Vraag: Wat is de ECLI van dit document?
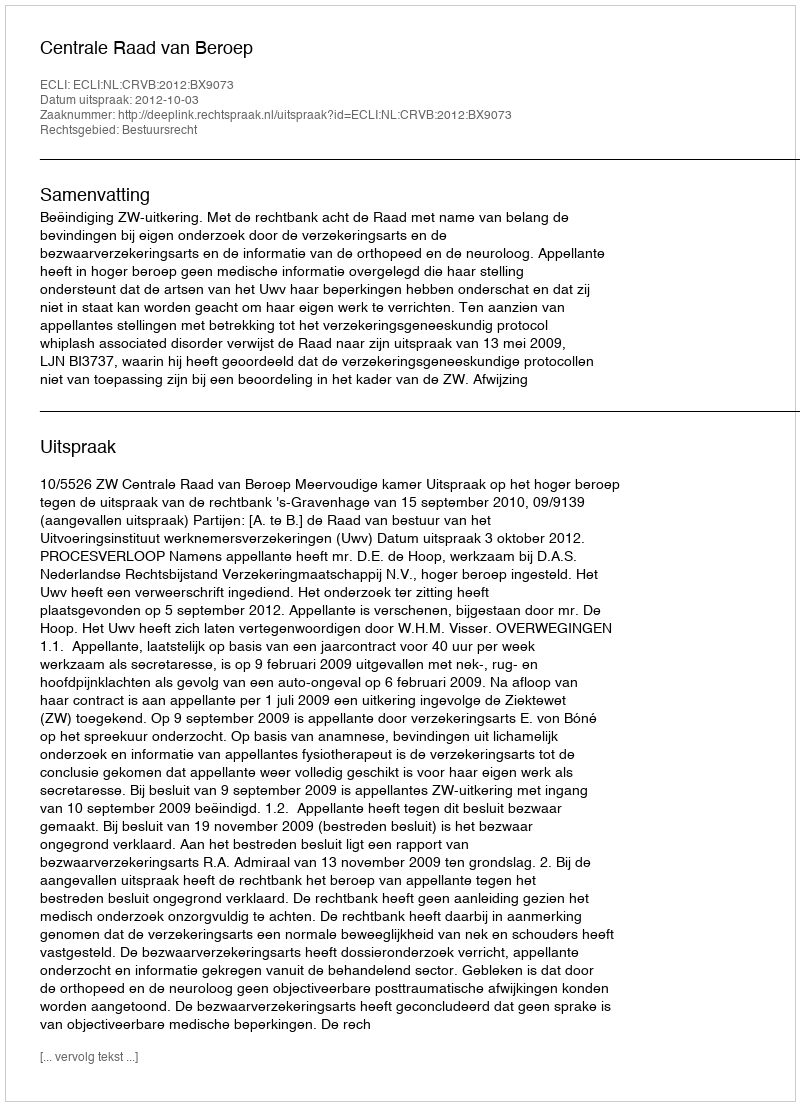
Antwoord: ECLI:NL:CRVB:2012:BX9073